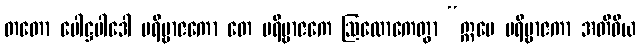
တတော ပေါဋ္ဌပါဒေါ ပရိဗ္ဗာဇကော တေ ပရိဗ္ဗာဇကေ ဩလောကေတွာ “ဣမေ ပရိဗ္ဗာဇကာ အတိဝိယ